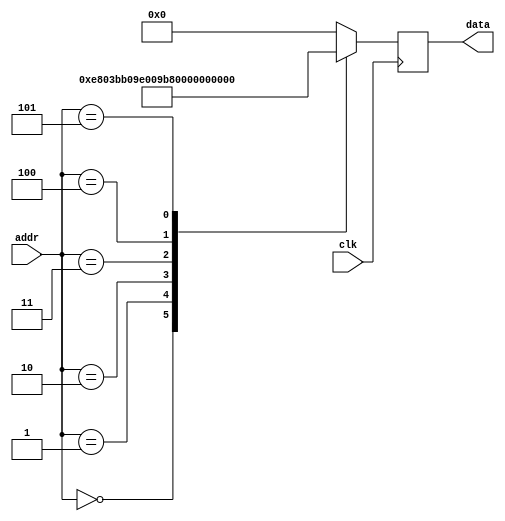
module rom #(
        parameter   DATA_WIDTH = 16,
        parameter   ADDR_WIDTH = 8          // 2 * 1024 bytes of ROM
    )(
        input  wire                  clk,
        input  wire [ADDR_WIDTH-1:0] addr,  // here comes the program counter
        output  reg [DATA_WIDTH-1:0] data   // here goes the instruction
    );

    reg [DATA_WIDTH-1:0] value;

    always @* begin
        case (addr)
		/*	 ldi 	r16, 0b10000011 		*/
		0:		value = 16'b1110100000000011;
		/*	 out 	tccr0a, r16 		*/
		1:		value = 16'b1011101100001001;
		/*	 ldi 	r16, 0b00001001 		*/
		2:		value = 16'b1110000000001001;
		/*	 out 	tccr0b, r16 		*/
		3:		value = 16'b1011101100001000;
		/*	 ldi 	r16, 7 		*/
		4:		value = 16'b1110000000000111;
		/*	 out 	ocr0a, r16 		*/
		5:		value = 16'b1011101100000110;
		default:		value = 16'b0000000000000000;
        endcase
    end
    always @(negedge clk) begin
        data <= value;
    end

endmodule